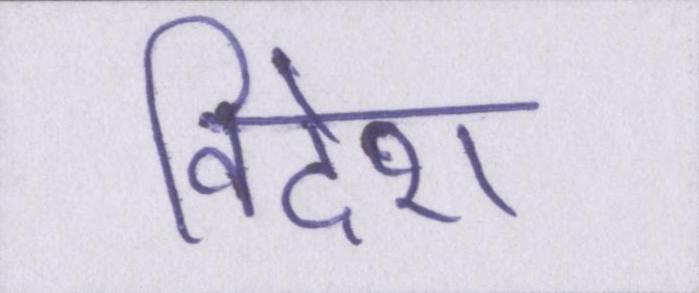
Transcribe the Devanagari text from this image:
विदेश